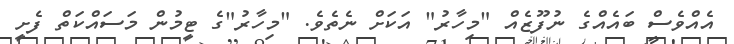
އެއްވެސް ބައެއްގެ ނުފޫޒެއް "މިހާރު" އަކަށް ނެތެވެ. "މިހާރު"ގެ ޓީމުން މަސައްކަތް ފެށީ